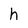
Character: h